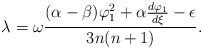
LaTeX: \begin{align*} \lambda=\omega\frac{(\alpha-\beta)\varphi_1^2+\alpha \frac{d\varphi_1}{d\xi}-\epsilon}{3n(n+1)}. \end{align*}